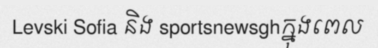
Levski Sofia និង sportsnewsghក្នុងពេល